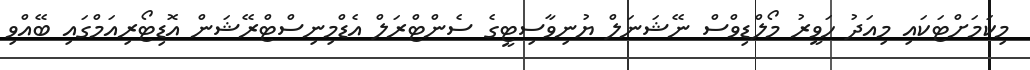
މިކަމަށްޓަކައި މިއަދު ހަވީރު މޯލްޑިވްސް ނޭޝަނަލް ޔުނިވާސިޓީގެ ސެންޓްރަލް އެޑްމިނިސްޓްރޭޝަން އޮޑިޓޯރިއަމްގައި ބޭއްވި